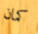
كمان